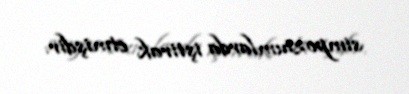
simpoziumlarda iştirak etmişdir.